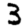
Digit: 3